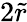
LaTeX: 2\tilde{r}